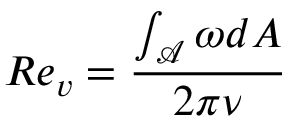
R e _ { v } = \frac { \int _ { \mathcal { A } } \omega d A } { 2 \pi \nu }